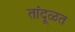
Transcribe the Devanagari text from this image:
तांदूळत